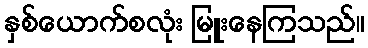
နှစ်ယောက်စလုံး မြူးနေကြသည်။